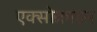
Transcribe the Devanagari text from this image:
एक्सोक्राइन